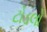
ટોડલો